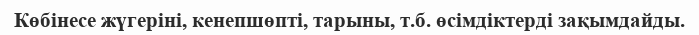
Көбінесе жүгеріні, кенепшөпті, тарыны, т.б. өсімдіктерді зақымдайды.